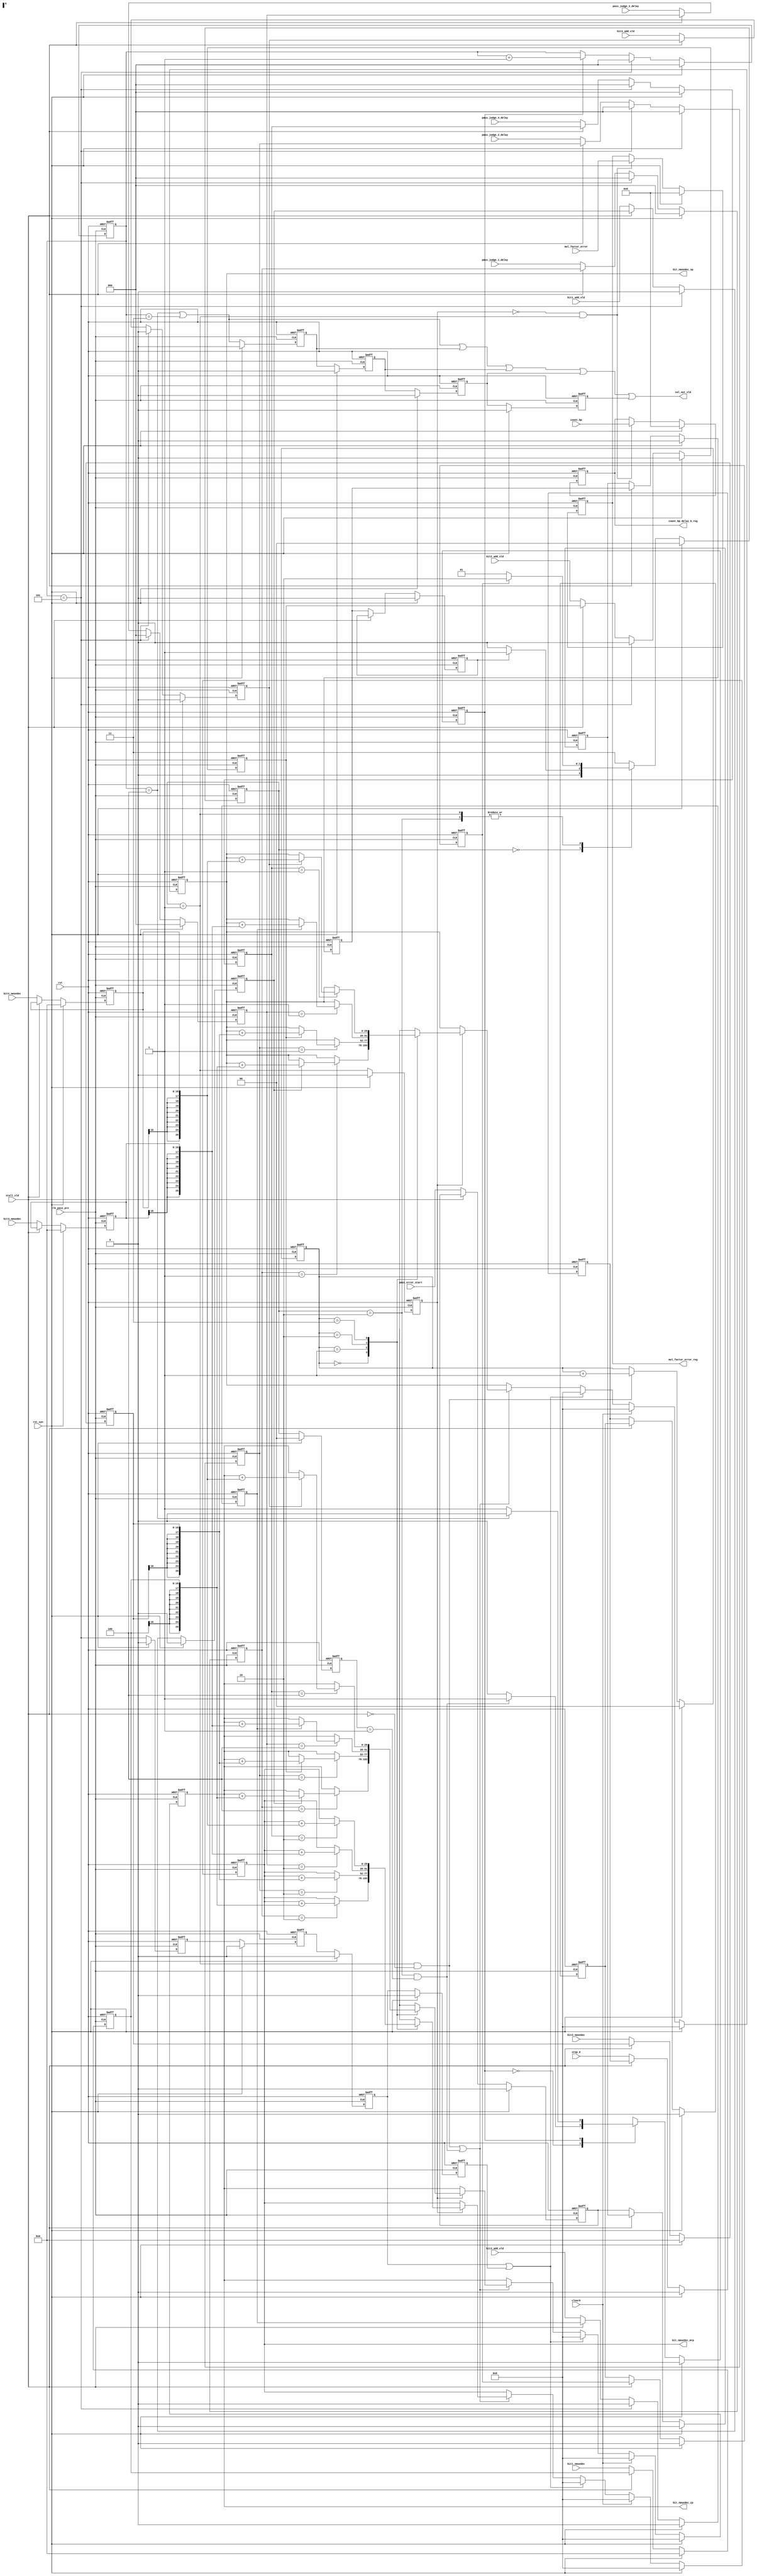
`timescale 1ns/10ps
module pass_error_pre (//output
                  bit_nmsedec_sp,
						bit_nmsedec_mrp,
						bit_nmsedec_cp,
						mul_factor_error_reg,
						count_bp_delay_b_reg,
						cal_out_vld,
						//input
						bit1_nmsedec,
				        bit2_nmsedec,
				        bit3_nmsedec,
				        bit4_nmsedec,
						pass_judge_1_delay,
						pass_judge_2_delay,
						pass_judge_3_delay,
						pass_judge_4_delay,
						bit1_add_vld,
						bit2_add_vld,
						bit3_add_vld,
						bit4_add_vld,
						mul_factor_error,
						//count_bp_delay_b,
						count_bp,
						stop_d,
						clear0,
						stall_vld,
						pass_error_start,
						clk_pass_pre,
						rst,
						rst_syn);
									 
input[16:0] bit1_nmsedec; 
input[16:0] bit2_nmsedec;
input[16:0] bit3_nmsedec;
input[16:0] bit4_nmsedec;

input[2:0] pass_judge_1_delay;
input[2:0] pass_judge_2_delay;
input[2:0] pass_judge_3_delay;
input[2:0] pass_judge_4_delay;

input bit1_add_vld;
input bit2_add_vld;
input bit3_add_vld;
input bit4_add_vld;


input pass_error_start;
input[3:0] mul_factor_error;
input stop_d;
input clear0;
input [3:0]count_bp;
input stall_vld;
input clk_pass_pre;
input rst;
input rst_syn;


output[25:0] bit_nmsedec_sp;
output[25:0] bit_nmsedec_mrp;
output[25:0] bit_nmsedec_cp;
output cal_out_vld;
output[3:0]mul_factor_error_reg;
output[3:0]count_bp_delay_b_reg;
 

wire return_zero_1;
reg[16:0] bit1_nmsedec_reg;
reg[16:0] bit2_nmsedec_reg;
reg[16:0] bit3_nmsedec_reg;
reg[16:0] bit4_nmsedec_reg;

always @(posedge clk_pass_pre or negedge rst) begin
  if(!rst) begin
    bit1_nmsedec_reg <= 17'b0;
	bit2_nmsedec_reg <= 17'b0;
	bit3_nmsedec_reg <= 17'b0;
	bit4_nmsedec_reg <= 17'b0;
  end
  else if(rst_syn) begin
    bit1_nmsedec_reg <= 17'b0;
	bit2_nmsedec_reg <= 17'b0;
	bit3_nmsedec_reg <= 17'b0;
	bit4_nmsedec_reg <= 17'b0;
  end
  else if(stall_vld==1'b0) begin
    bit1_nmsedec_reg <= bit1_nmsedec;
	bit2_nmsedec_reg <= bit2_nmsedec;
	bit3_nmsedec_reg <= bit3_nmsedec;
	bit4_nmsedec_reg <= bit4_nmsedec;
  end
end

reg[2:0] pass_judge_1_reg; 
reg[2:0] pass_judge_2_reg;
reg[2:0] pass_judge_3_reg;
reg[2:0] pass_judge_4_reg;

   
always @(posedge clk_pass_pre or negedge rst) begin
  if(!rst) begin
    pass_judge_1_reg <= 3'b0;
	pass_judge_2_reg <= 3'b0;
	pass_judge_3_reg <= 3'b0;
	pass_judge_4_reg <= 3'b0;
  end
  else if(rst_syn) begin
    pass_judge_1_reg <= 3'b0;
	pass_judge_2_reg <= 3'b0;
	pass_judge_3_reg <= 3'b0;
	pass_judge_4_reg <= 3'b0;
  end
  else if(return_zero_1==1'b1) begin
     pass_judge_1_reg <= 3'b0;
	 pass_judge_2_reg <= 3'b0;
	 pass_judge_3_reg <= 3'b0;
	 pass_judge_4_reg <= 3'b0;
  end
  else if(stall_vld==1'b0) begin
    pass_judge_1_reg <= pass_judge_1_delay;
	pass_judge_2_reg <= pass_judge_2_delay;
	pass_judge_3_reg <= pass_judge_3_delay;
	pass_judge_4_reg <= pass_judge_4_delay;
  end
end

reg bit1_add_vld_reg;
reg bit2_add_vld_reg;
reg bit3_add_vld_reg;
reg bit4_add_vld_reg;

always @(posedge clk_pass_pre or negedge rst) begin
  if(!rst) begin
    bit1_add_vld_reg <= 1'b0;
	bit2_add_vld_reg <= 1'b0;
	bit3_add_vld_reg <= 1'b0;
	bit4_add_vld_reg <= 1'b0;
  end
  else if(rst_syn) begin
    bit1_add_vld_reg <= 1'b0;
	bit2_add_vld_reg <= 1'b0;
	bit3_add_vld_reg <= 1'b0;
	bit4_add_vld_reg <= 1'b0;
  end
  else if(return_zero_1==1'b1) begin
     bit1_add_vld_reg <= 1'b0;
	 bit2_add_vld_reg <= 1'b0;
	 bit3_add_vld_reg <= 1'b0;
	 bit4_add_vld_reg <= 1'b0;
  end
  else if(stall_vld==1'b0) begin
     bit1_add_vld_reg <= bit1_add_vld;
	 bit2_add_vld_reg <= bit2_add_vld;
	 bit3_add_vld_reg <= bit3_add_vld;
	 bit4_add_vld_reg <= bit4_add_vld;
  end
end



reg pass_error_start_delay_1;
reg pass_error_start_delay_2;
reg pass_error_start_delay_3;
reg pass_error_start_delay_4;

always @(posedge clk_pass_pre or negedge rst) begin
  if(!rst) begin
    pass_error_start_delay_1 <=1'b0;
	pass_error_start_delay_2 <=1'b0;
    pass_error_start_delay_3 <=1'b0;
	pass_error_start_delay_4 <=1'b0;
  end
  else if(rst_syn) begin
    pass_error_start_delay_1 <=1'b0;
	pass_error_start_delay_2 <=1'b0;
    pass_error_start_delay_3 <=1'b0;
	pass_error_start_delay_4 <=1'b0;
  end
  else if(stall_vld==1'b0) begin
    pass_error_start_delay_1 <=pass_error_start;
	pass_error_start_delay_2 <=pass_error_start_delay_1;
    pass_error_start_delay_3 <=pass_error_start_delay_2;
	pass_error_start_delay_4 <=pass_error_start_delay_3;
  end
end

reg stop_d_delay_1;
reg stop_d_delay_2;
reg stop_d_delay_3;

always @(posedge clk_pass_pre or negedge rst) begin
  if(!rst) begin
    stop_d_delay_1 <=1'b0;
	stop_d_delay_2 <=1'b0;
    stop_d_delay_3 <=1'b0;
  end
  else if(rst_syn) begin
    stop_d_delay_1 <=1'b0;
	stop_d_delay_2 <=1'b0;
    stop_d_delay_3 <=1'b0;
  end
  else if(stall_vld==1'b0) begin
    stop_d_delay_1 <=stop_d;
	stop_d_delay_2 <=stop_d_delay_1;
    stop_d_delay_3 <=stop_d_delay_2;
  end
end
   
   
reg[1:0] fsm_pass_error;
reg[1:0] fsm_pass_error_n;

parameter pass_error_idle= 2'b00;
parameter pass_error_cal= 2'b01;
parameter pass_error_wait= 2'b10;

always @(posedge clk_pass_pre or negedge rst) begin
  if(!rst) begin
    fsm_pass_error <= 2'b0;
  end
  else if(rst_syn) begin
    fsm_pass_error <= 2'b0;
  end
  else begin
    fsm_pass_error <=fsm_pass_error_n;
  end
end

reg[1:0] fsm_pass_error_delay;

always  @(posedge clk_pass_pre or negedge rst) begin
  if(!rst) begin
    fsm_pass_error_delay <= 1'b0;
  end
  else if(rst_syn) begin
    fsm_pass_error_delay <= 1'b0;
  end
  else begin
    fsm_pass_error_delay <=fsm_pass_error;
  end
end

wire last_renew_vld;

assign last_renew_vld= ((fsm_pass_error == pass_error_wait)&&(fsm_pass_error_delay == pass_error_cal));


always @(*) begin 
 fsm_pass_error_n = fsm_pass_error;
 case(fsm_pass_error) 
   pass_error_idle :         begin
                              if(pass_error_start_delay_4) begin
							    fsm_pass_error_n = pass_error_cal;
							  end
							  else begin
							    fsm_pass_error_n = pass_error_idle;
							  end
							 end
							 
   pass_error_cal :          begin
                              if(stop_d_delay_3==1'b1) begin
							    fsm_pass_error_n = pass_error_wait;
							  end
							  else begin
							    fsm_pass_error_n = pass_error_cal;
							  end
							 end
   pass_error_wait :         begin
                              if(stop_d_delay_3==1'b0) begin
							    fsm_pass_error_n = pass_error_cal;
							  end
							  else begin
							    fsm_pass_error_n = pass_error_wait;
							  end
							 end
   default:                  begin
                               fsm_pass_error_n = 2'b11;
                             end
  endcase
end


reg fsm_for_last;
reg fsm_for_last_n;

always @(posedge clk_pass_pre or negedge rst) begin
  if(!rst) begin
    fsm_for_last <= 1'b0;
  end
  else if(rst_syn) begin
    fsm_for_last <= 1'b0;
  end
  else begin
    fsm_for_last <=fsm_for_last_n;
  end
end

wire last_count_vld;
assign last_count_vld= (fsm_for_last==1'b1);

reg[2:0] last_count;

assign return_zero_1= (last_count==5);

reg return_zero_2;
reg return_zero_3;
reg return_zero_4;
reg return_zero_5;

always @(posedge clk_pass_pre or negedge rst) begin
  if(!rst) begin
    return_zero_2 <= 4'b0;
	return_zero_3 <= 4'b0;
	return_zero_4 <= 4'b0;
	return_zero_5 <= 4'b0;
  end
  else if(rst_syn)
  begin
	return_zero_2 <= 4'b0;
	return_zero_3 <= 4'b0;
	return_zero_4 <= 4'b0;
	return_zero_5 <= 4'b0;
end
  else begin
	return_zero_2 <=return_zero_1;
    return_zero_3 <= return_zero_2;
	return_zero_4 <= return_zero_3;
	return_zero_5 <= return_zero_4;

  end
  end
 
wire return_zero_x;
assign return_zero_x = (return_zero_4==1'b1)||(return_zero_5==1'b1);

always @(posedge clk_pass_pre or negedge rst) begin
  if(!rst) begin
    last_count <= 3'b0;
  end
  else if(rst_syn) begin
    last_count <= 3'b0;
  end
  else if(return_zero_1==1'b1) begin
    last_count <= 3'b0;
  end
  else if(last_count_vld==1'b1)begin
    last_count <=last_count+1;
  end
end

always @(*) begin
  fsm_for_last_n = fsm_for_last;
  case(fsm_for_last)
    1'b0:               begin
	                     if(last_renew_vld==1'b1) begin
						   fsm_for_last_n=1'b1;
						 end
						 else begin
						   fsm_for_last_n=1'b0;
						 end
						end
	1'b1:               begin
	                     if(last_count==4) begin
						   fsm_for_last_n=1'b0;
						 end
						 else begin
						   fsm_for_last_n=1'b1;
						 end
						end
  endcase
end




wire error_cal;

assign error_cal= (fsm_pass_error == pass_error_cal);

reg error_cal_delay;

always @(posedge clk_pass_pre or negedge rst) begin
  if(!rst) begin
    error_cal_delay <= 1'b0;
  end
  else if(rst_syn) begin
    error_cal_delay <= 1'b0;
  end
  else begin
    error_cal_delay <=error_cal;
  end
end

wire factor_get;

assign factor_get= ((error_cal_delay==1'b0)&&(error_cal==1'b1));


reg[3:0] mul_factor_error_reg;

always @(posedge clk_pass_pre or negedge rst) begin
  if(!rst) begin
    mul_factor_error_reg <= 4'b0;
  end
  else if(rst_syn) begin
    mul_factor_error_reg <= 4'b0;
  end
  else if(factor_get==1'b1)begin
    mul_factor_error_reg <=mul_factor_error;
  end
end

reg[3:0] count_bp_delay_b_reg;

always @(posedge clk_pass_pre or negedge rst) begin
  if(!rst) begin
    count_bp_delay_b_reg <= 4'b0;
  end
  else if(rst_syn)begin
	count_bp_delay_b_reg <= 4'b0;
  end
  else if(factor_get==1'b1)begin
    count_bp_delay_b_reg <=count_bp;
  end
end


wire cal_out_vld_1;

assign cal_out_vld_1=(last_count==4)||(last_count==3);
reg cal_out_vld_2;
reg cal_out_vld_3;
reg cal_out_vld_4;
reg cal_out_vld_5;
always @(posedge clk_pass_pre or negedge rst) begin
  if(!rst) begin
    cal_out_vld_2 <=1'b0;
	cal_out_vld_3 <=1'b0;
	cal_out_vld_4 <=1'b0;
	cal_out_vld_5 <=1'b0;
  end
  else if(rst_syn) begin
    cal_out_vld_2 <=1'b0;
	cal_out_vld_3 <=1'b0;
	cal_out_vld_4 <=1'b0;
	cal_out_vld_5 <=1'b0;
  end
  else begin
    cal_out_vld_2 <= cal_out_vld_1;
	cal_out_vld_3 <= cal_out_vld_2;
	cal_out_vld_4 <= cal_out_vld_3;
	cal_out_vld_5 <= cal_out_vld_4;
  end
end

wire cal_out_vld;

assign cal_out_vld = cal_out_vld_1||cal_out_vld_2||cal_out_vld_3||cal_out_vld_4||cal_out_vld_5;

reg[1:0] count_data;

always @(posedge clk_pass_pre or negedge rst) begin
  if(!rst) begin
    count_data <=2'b00;
  end
  else if(rst_syn) begin
    count_data <=2'b00;
  end
  else if((error_cal==1'b1)&&(stall_vld==1'b0))begin
    count_data <=count_data+1;
  end
end  

reg[25:0] bit_nmsedec_sp;
reg[25:0] bit_nmsedec_mrp;
reg[25:0] bit_nmsedec_cp;

reg[25:0] bit_nmsedec_sp_n;
reg[25:0] bit_nmsedec_mrp_n;
reg[25:0] bit_nmsedec_cp_n;



always @(posedge clk_pass_pre or negedge rst) begin
	if(!rst) begin
		bit_nmsedec_sp <=26'b0;
	end
   else if(rst_syn) begin
    bit_nmsedec_sp <=26'b0;
   end
	else if(clear0==1'b1)begin
		bit_nmsedec_sp <=26'b0;
	end
	else if(return_zero_x==1'b1) begin
		bit_nmsedec_sp <=26'b0;
	end
	else if(((error_cal==1'b1)&&(stall_vld==1'b0))||(last_renew_vld==1'b1)) begin
		bit_nmsedec_sp <= bit_nmsedec_sp_n;
	end
end
  
always @(posedge clk_pass_pre or negedge rst) begin
   if(!rst) begin
     bit_nmsedec_mrp <=26'b0;
   end
   else if(rst_syn) begin
     bit_nmsedec_mrp <=26'b0;
   end
   else if(clear0==1'b1)begin
		bit_nmsedec_mrp <=26'b0;
	end
   else if(return_zero_x==1'b1) begin
     bit_nmsedec_mrp <=26'b0;
   end
   else if(((error_cal==1'b1)&&(stall_vld==1'b0))||(last_renew_vld==1'b1)) begin
     bit_nmsedec_mrp <= bit_nmsedec_mrp_n;
   end
end

always @(posedge clk_pass_pre or negedge rst) begin
   if(!rst) begin
     bit_nmsedec_cp <=26'b0;
   end
   else if(rst_syn) begin
     bit_nmsedec_cp <=26'b0;
   end
   else if(clear0==1'b1)begin
		bit_nmsedec_cp <=26'b0;
   end
   else if(return_zero_x==1'b1) begin
     bit_nmsedec_cp <=26'b0;
   end
   else if(((error_cal==1'b1)&&(stall_vld==1'b0))||(last_renew_vld==1'b1)) begin
     bit_nmsedec_cp <= bit_nmsedec_cp_n;
   end
end

always @(*) begin
  bit_nmsedec_sp_n = bit_nmsedec_sp;
  bit_nmsedec_mrp_n = bit_nmsedec_mrp;
  bit_nmsedec_cp_n = bit_nmsedec_cp;
    if(error_cal_delay==1'b1) begin
         case(count_data) 
           2'b00:         begin
        					   case(pass_judge_1_reg)
        					     3'b001:    begin
        						             if(bit1_add_vld_reg==1'b1) begin
											    bit_nmsedec_sp_n = bit_nmsedec_sp + {{9{bit1_nmsedec_reg[16]}},bit1_nmsedec_reg};
        									 end
											 else begin
											    bit_nmsedec_sp_n = bit_nmsedec_sp;
											 end
											end
        						 3'b010:    begin
        						             bit_nmsedec_mrp_n = bit_nmsedec_mrp + {{9{bit1_nmsedec_reg[16]}},bit1_nmsedec_reg};
        									end
        						 3'b100:    begin
								             if(bit1_add_vld_reg==1'b1) begin
        						               bit_nmsedec_cp_n = bit_nmsedec_cp + {{9{bit1_nmsedec_reg[16]}},bit1_nmsedec_reg};
        									 end
											 else begin
											   bit_nmsedec_cp_n = bit_nmsedec_cp;
											 end
											end	
                                default:   begin
                                             bit_nmsedec_sp_n = bit_nmsedec_sp;
        									 bit_nmsedec_mrp_n = bit_nmsedec_mrp;
        									 bit_nmsedec_cp_n = bit_nmsedec_cp;
        									end
        					   endcase
        				  end
        				   
        	2'b01:         begin
        	                case(pass_judge_2_reg)
        					     3'b001:    begin
        						             if(bit2_add_vld_reg==1'b1) begin
											   bit_nmsedec_sp_n = bit_nmsedec_sp + {{9{bit2_nmsedec_reg[16]}},bit2_nmsedec_reg};
        									 end
											 else begin
											   bit_nmsedec_sp_n = bit_nmsedec_sp;
											 end
											end
        						 3'b010:    begin
        						             bit_nmsedec_mrp_n = bit_nmsedec_mrp + {{9{bit2_nmsedec_reg[16]}},bit2_nmsedec_reg};
        									end
        						 3'b100:    begin
								             if(bit2_add_vld_reg==1'b1) begin
        						               bit_nmsedec_cp_n = bit_nmsedec_cp + {{9{bit2_nmsedec_reg[16]}},bit2_nmsedec_reg};
        									 end
											 else begin
											   bit_nmsedec_cp_n = bit_nmsedec_cp;
											 end
											end	
                                default:   begin
                                            bit_nmsedec_sp_n = bit_nmsedec_sp;
        									 bit_nmsedec_mrp_n = bit_nmsedec_mrp;
        									 bit_nmsedec_cp_n = bit_nmsedec_cp;
        									end
        					endcase
        				   end
           
           2'b10:         begin
        	                case(pass_judge_3_reg)
        					     3'b001:    begin
								              if(bit3_add_vld_reg==1'b1) begin
        						                bit_nmsedec_sp_n = bit_nmsedec_sp + {{9{bit3_nmsedec_reg[16]}},bit3_nmsedec_reg};
        									  end
											  else begin
											    bit_nmsedec_sp_n = bit_nmsedec_sp;
                                              end												
											end
        						 3'b010:    begin
        						             bit_nmsedec_mrp_n = bit_nmsedec_mrp + {{9{bit3_nmsedec_reg[16]}},bit3_nmsedec_reg};
        									end
        						 3'b100:    begin
								              if(bit3_add_vld_reg==1'b1) begin
        						                bit_nmsedec_cp_n = bit_nmsedec_cp + {{9{bit3_nmsedec_reg[16]}},bit3_nmsedec_reg};
        									  end
											  else begin
											    bit_nmsedec_cp_n = bit_nmsedec_cp;
											  end
											end	
                                default:   begin
                                            bit_nmsedec_sp_n = bit_nmsedec_sp;
        									 bit_nmsedec_mrp_n = bit_nmsedec_mrp;
        									 bit_nmsedec_cp_n = bit_nmsedec_cp;
        									end
        					endcase
        				   end	
        				   
        	2'b11:         begin
        	                case(pass_judge_4_reg)
        					     3'b001:    begin
								             if(bit4_add_vld_reg==1'b1) begin
        						               bit_nmsedec_sp_n = bit_nmsedec_sp + {{9{bit4_nmsedec_reg[16]}},bit4_nmsedec_reg};
        									 end
											 else begin
											   bit_nmsedec_sp_n = bit_nmsedec_sp;
											 end
											end
        						 3'b010:    begin
        						             bit_nmsedec_mrp_n = bit_nmsedec_mrp + {{9{bit4_nmsedec_reg[16]}},bit4_nmsedec_reg};
        									end
        						 3'b100:    begin
								             if(bit4_add_vld_reg==1'b1) begin
        						               bit_nmsedec_cp_n = bit_nmsedec_cp + {{9{bit4_nmsedec_reg[16]}},bit4_nmsedec_reg};
        									 end
											 else begin
											   bit_nmsedec_cp_n = bit_nmsedec_cp;
											 end
											end	
                                default:   begin
                                            bit_nmsedec_sp_n = bit_nmsedec_sp;
        									 bit_nmsedec_mrp_n = bit_nmsedec_mrp;
        									 bit_nmsedec_cp_n = bit_nmsedec_cp;
        									end
        					endcase
        				   end	
          endcase
	end
	else begin
	  bit_nmsedec_sp_n = bit_nmsedec_sp;
      bit_nmsedec_mrp_n = bit_nmsedec_mrp;
      bit_nmsedec_cp_n = bit_nmsedec_cp;
    end
end


endmodule